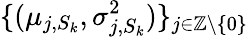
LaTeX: \{ (\mu_{j,S_{k}},\sigma_{j,S_{k}}^{2})\} _{j\in\mathbb{Z}\backslash\{ 0\} }